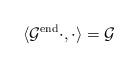
LaTeX: \begin{align*} \langle \mathcal{G}^{\mathrm{end}} \cdot ,\cdot \rangle = \mathcal{G}\end{align*}